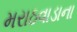
મરાઠવાડાના